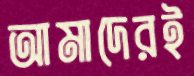
আমাদেরই